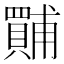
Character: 𱰣